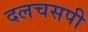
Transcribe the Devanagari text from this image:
दलचसपी